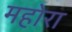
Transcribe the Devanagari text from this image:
महोरा